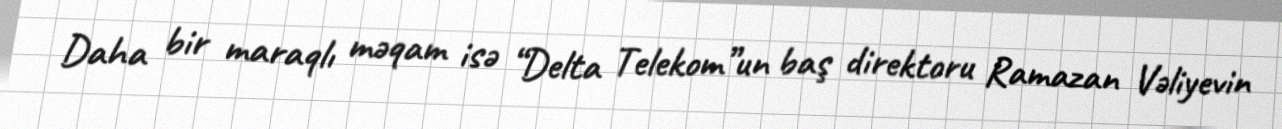
Daha bir maraqlı məqam isə “Delta Telekom”un baş direktoru Ramazan Vəliyevin